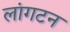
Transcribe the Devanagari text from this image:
लांगटन